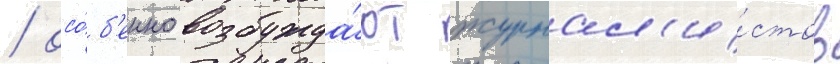
/ осо́б'енно возбужда́ют журнал'и́стов